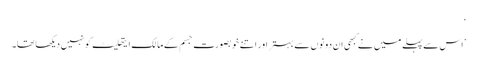
‘
’اس سے پہلے میں نے کبھی ان دونوں سے بہتر اور اتنے خوبصورت جسم کے مالک ایتھلیٹ کو نہیں دیکھا تھا۔